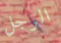
الرجل